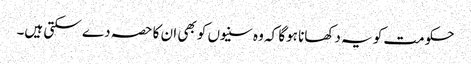
حکومت کو یہ دکھانا ہوگا کہ وہ سنیوں کو بھی ان کا حصہ دے سکتی ہیں۔